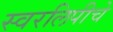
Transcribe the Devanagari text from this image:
स्वरलिपीचे